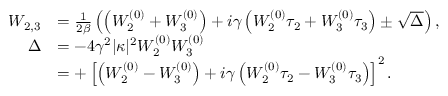
\begin{array} { r l } { W _ { 2 , 3 } } & { = \frac { 1 } { 2 \beta } \left( \left( W _ { 2 } ^ { ( 0 ) } + W _ { 3 } ^ { ( 0 ) } \right) + i \gamma \left( W _ { 2 } ^ { ( 0 ) } \tau _ { 2 } + W _ { 3 } ^ { ( 0 ) } \tau _ { 3 } \right) \pm \sqrt { \Delta } \right) , } \\ { \Delta } & { = - 4 \gamma ^ { 2 } | \kappa | ^ { 2 } W _ { 2 } ^ { ( 0 ) } W _ { 3 } ^ { ( 0 ) } } \\ & { = + \left[ \left( W _ { 2 } ^ { ( 0 ) } - W _ { 3 } ^ { ( 0 ) } \right) + i \gamma \left( W _ { 2 } ^ { ( 0 ) } \tau _ { 2 } - W _ { 3 } ^ { ( 0 ) } \tau _ { 3 } \right) \right] ^ { 2 } . } \end{array}